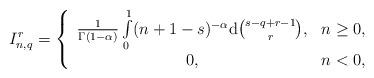
LaTeX: \begin{align*}I_{n,q}^{r}=\left\{\begin{array}{cl}\frac{1}{\Gamma(1-\alpha)}\int\limits_{0}^{1}(n+1-s)^{-\alpha}\mathrm{d}\binom{s-q+r-1}{r},& n\ge 0, \\0, & n<0, \\\end{array}\right. \end{align*}